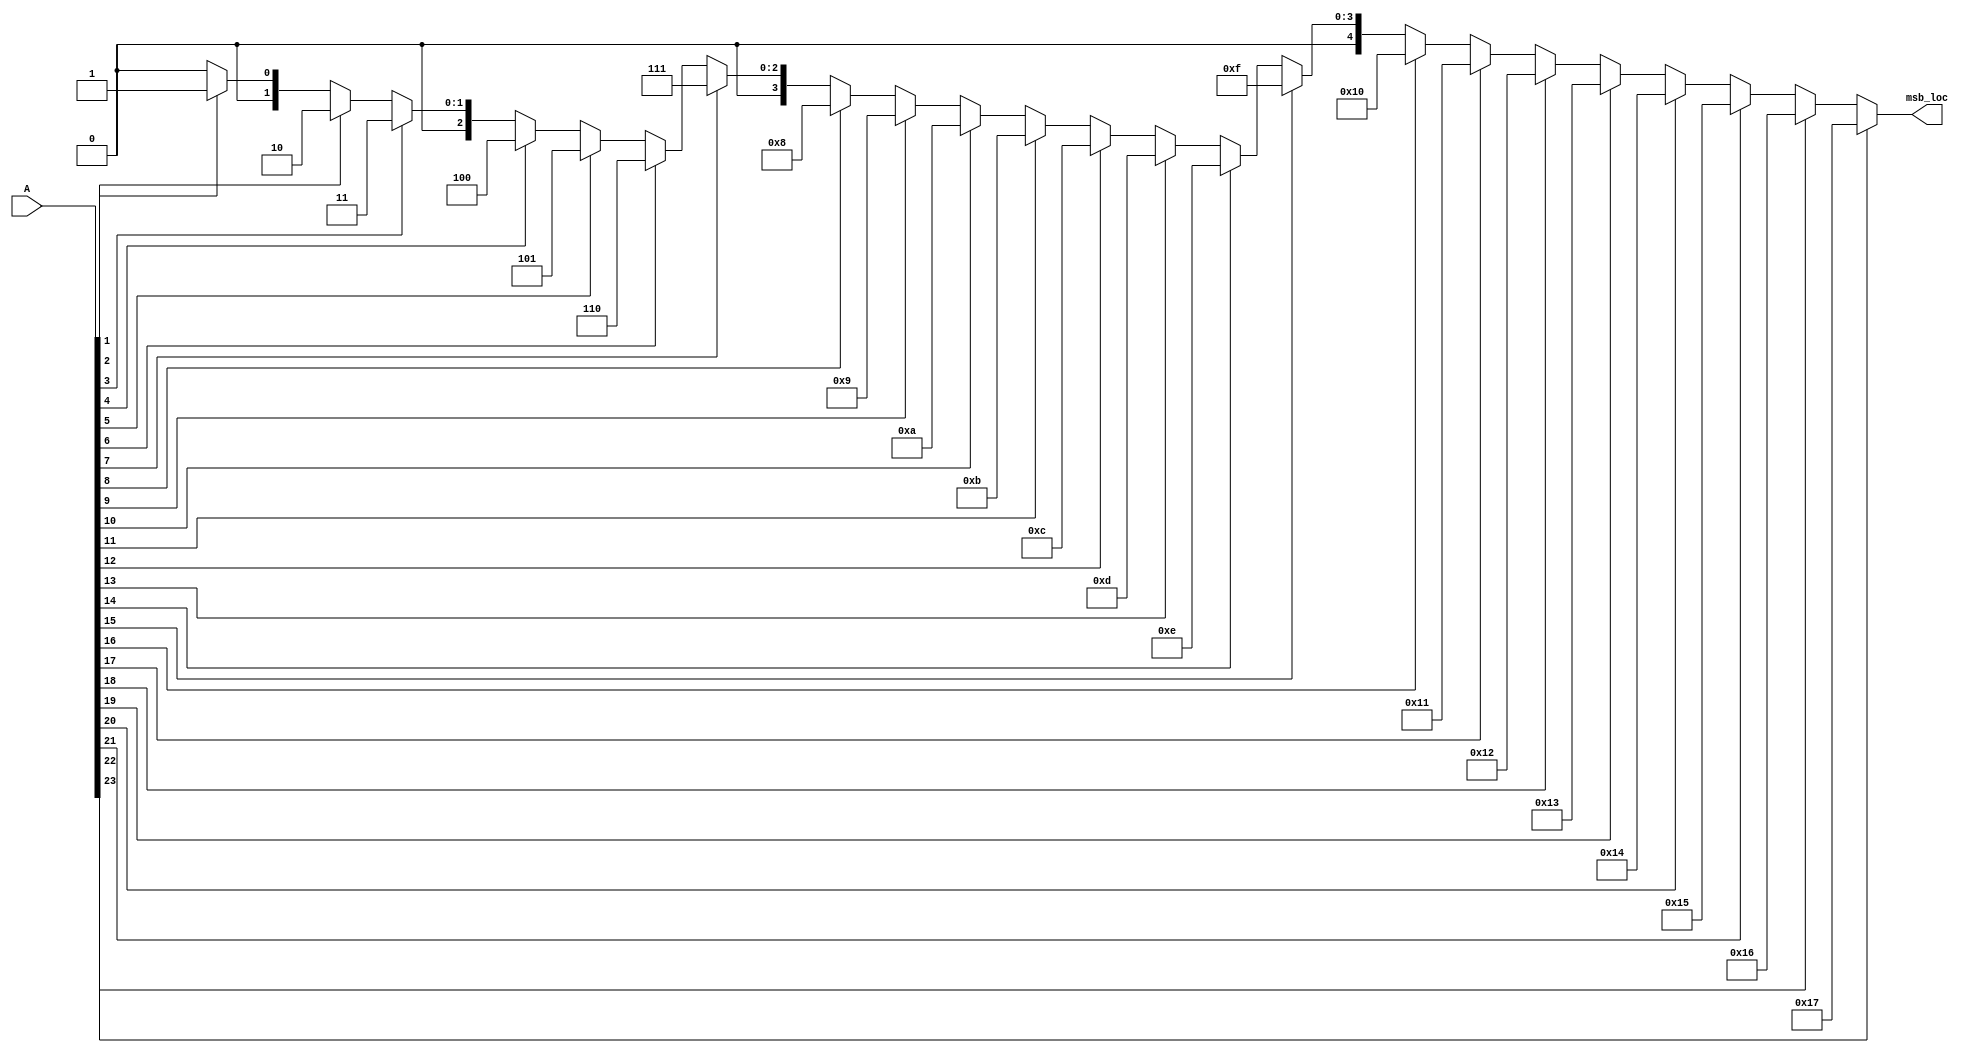
module leading_one_div(
input [23:0] A,
output [4:0] msb_loc
);

assign msb_loc = (A[23]==1) ? 23 : (A[22]==1) ? 22 : (A[21]==1) ? 21 : (A[20]==1) ? 20 : (A[19]==1) ? 19 : (A[18]==1) ? 18 : (A[17]==1) ? 17 : (A[16]==1) ? 16 : (A[15]==1) ? 15 : (A[14]==1) ? 14 : (A[13]==1) ? 13 : (A[12]==1) ? 12 : (A[11]==1) ? 11 : (A[10]==1) ? 10 : (A[9]==1) ? 9 : (A[8]==1) ? 8 : (A[7]==1) ? 7 : (A[6]==1) ? 6 : (A[5]==1) ? 5 : (A[4]==1) ? 4 : (A[3]==1) ? 3 : (A[2]==1) ? 2 : (A[1]==1) ? 1 : 0;

endmodule